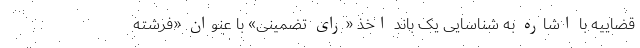
قضاییه با اشاره به شناسایی یک باند اخذ «رای تضمینی» با عنوان «فرشته